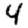
Digit: 4